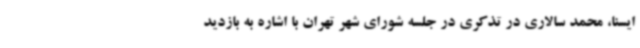
ایسنا، محمد سالاری در تذکری در جلسه شورای شهر تهران با اشاره به بازدید